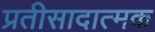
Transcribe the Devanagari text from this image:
प्रतीसादात्मक